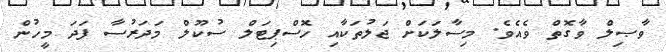
ވާޞިލް ވާގޮތް ވެއެވެ. މިސާލަކަށް ޖަލުތަކާއި ހޮސްޕިޓަލް ސުކޫލް މަދަރުސާ ފަދަ މީހުން